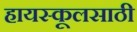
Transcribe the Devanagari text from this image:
हायस्कूलसाठी